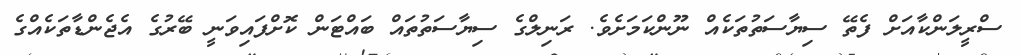
ސްރީލަންކާއަށް ފެތޭ ސިޔާސަތުތަކެއް ނޫންކަމަށެވެ. ރަނިލްގެ ސިޔާސަތުތައް ބައްޓަން ކޮށްފައިވަނީ ބޭރުގެ އެޖެންޑާތަކެއްގެ